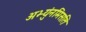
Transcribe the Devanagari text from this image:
अभ्युंनमिसति